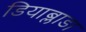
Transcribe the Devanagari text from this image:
डियाब्लाडा